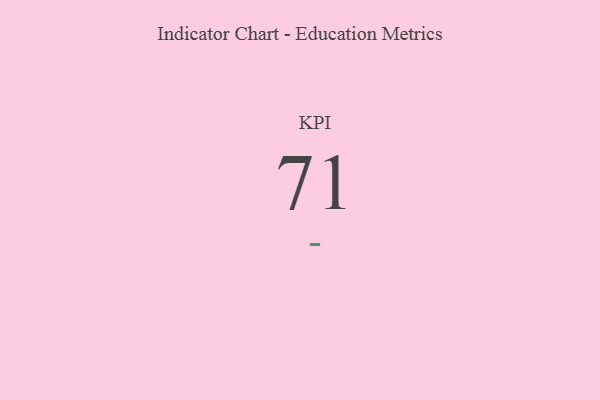
{"axis": {"x": "KPI", "y": "Value"}, "legend": [""], "data": [{"x": "KPI", "y": 71, "type": ""}]}